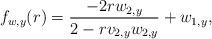
LaTeX: \begin{align*} f_{w, y}(r) = \frac{-2r w_{2, y}}{2 - r v_{2, y} w_{2, y}} + w_{1, y}, \end{align*}